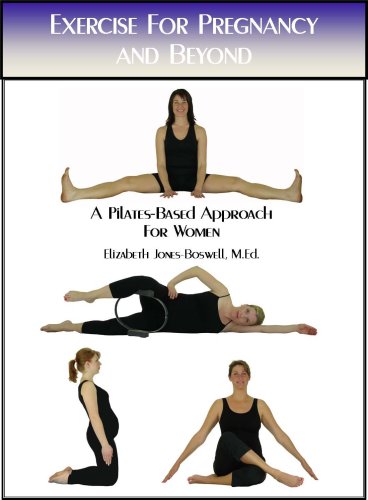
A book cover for Exercise for Pregnancy and Beyond: A Pilates-Based Approach for Women; Elizabeth Jones-Boswell; Health, Fitness & Dieting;